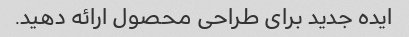
ایده جدید برای طراحی محصول ارائه دهید.